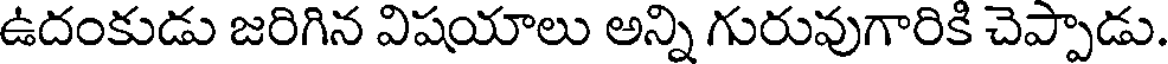
ఉదంకుడు జరిగిన విషయాలు అన్ని గురువుగారికి చెప్పాడు.